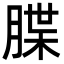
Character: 䐑